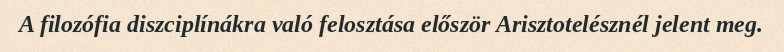
A filozófia diszciplínákra való felosztása először Arisztotelésznél jelent meg.